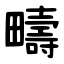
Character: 疇